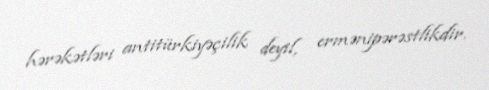
hərəkətləri antitürkiyəçilik deyil, ermənipərəstlikdir.